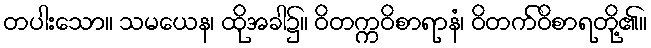
တပါးသော။ သမယေန၊ ထိုအခါ၌။ ဝိတက္ကဝိစာရာနံ၊ ဝိတက်ဝိစာရတို့၏။